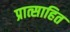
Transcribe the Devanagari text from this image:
प्रात्साहित